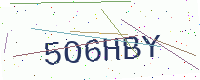
Text: 5O6HBY